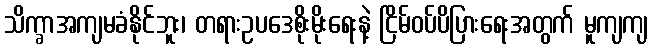
သိက္ခာအကျမခံနိုင်ဘူး၊ တရားဥပဒေစိုးမိုးရေးနဲ့ ငြိမ်ဝပ်ပိပြားရေးအတွက် မူကျကျ